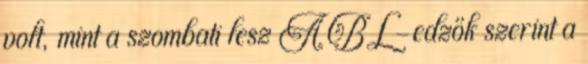
volt, mint a szombati lesz A BL-edzők szerint a